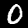
Label: 0